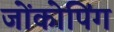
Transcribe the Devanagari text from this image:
जोंकोपिंग